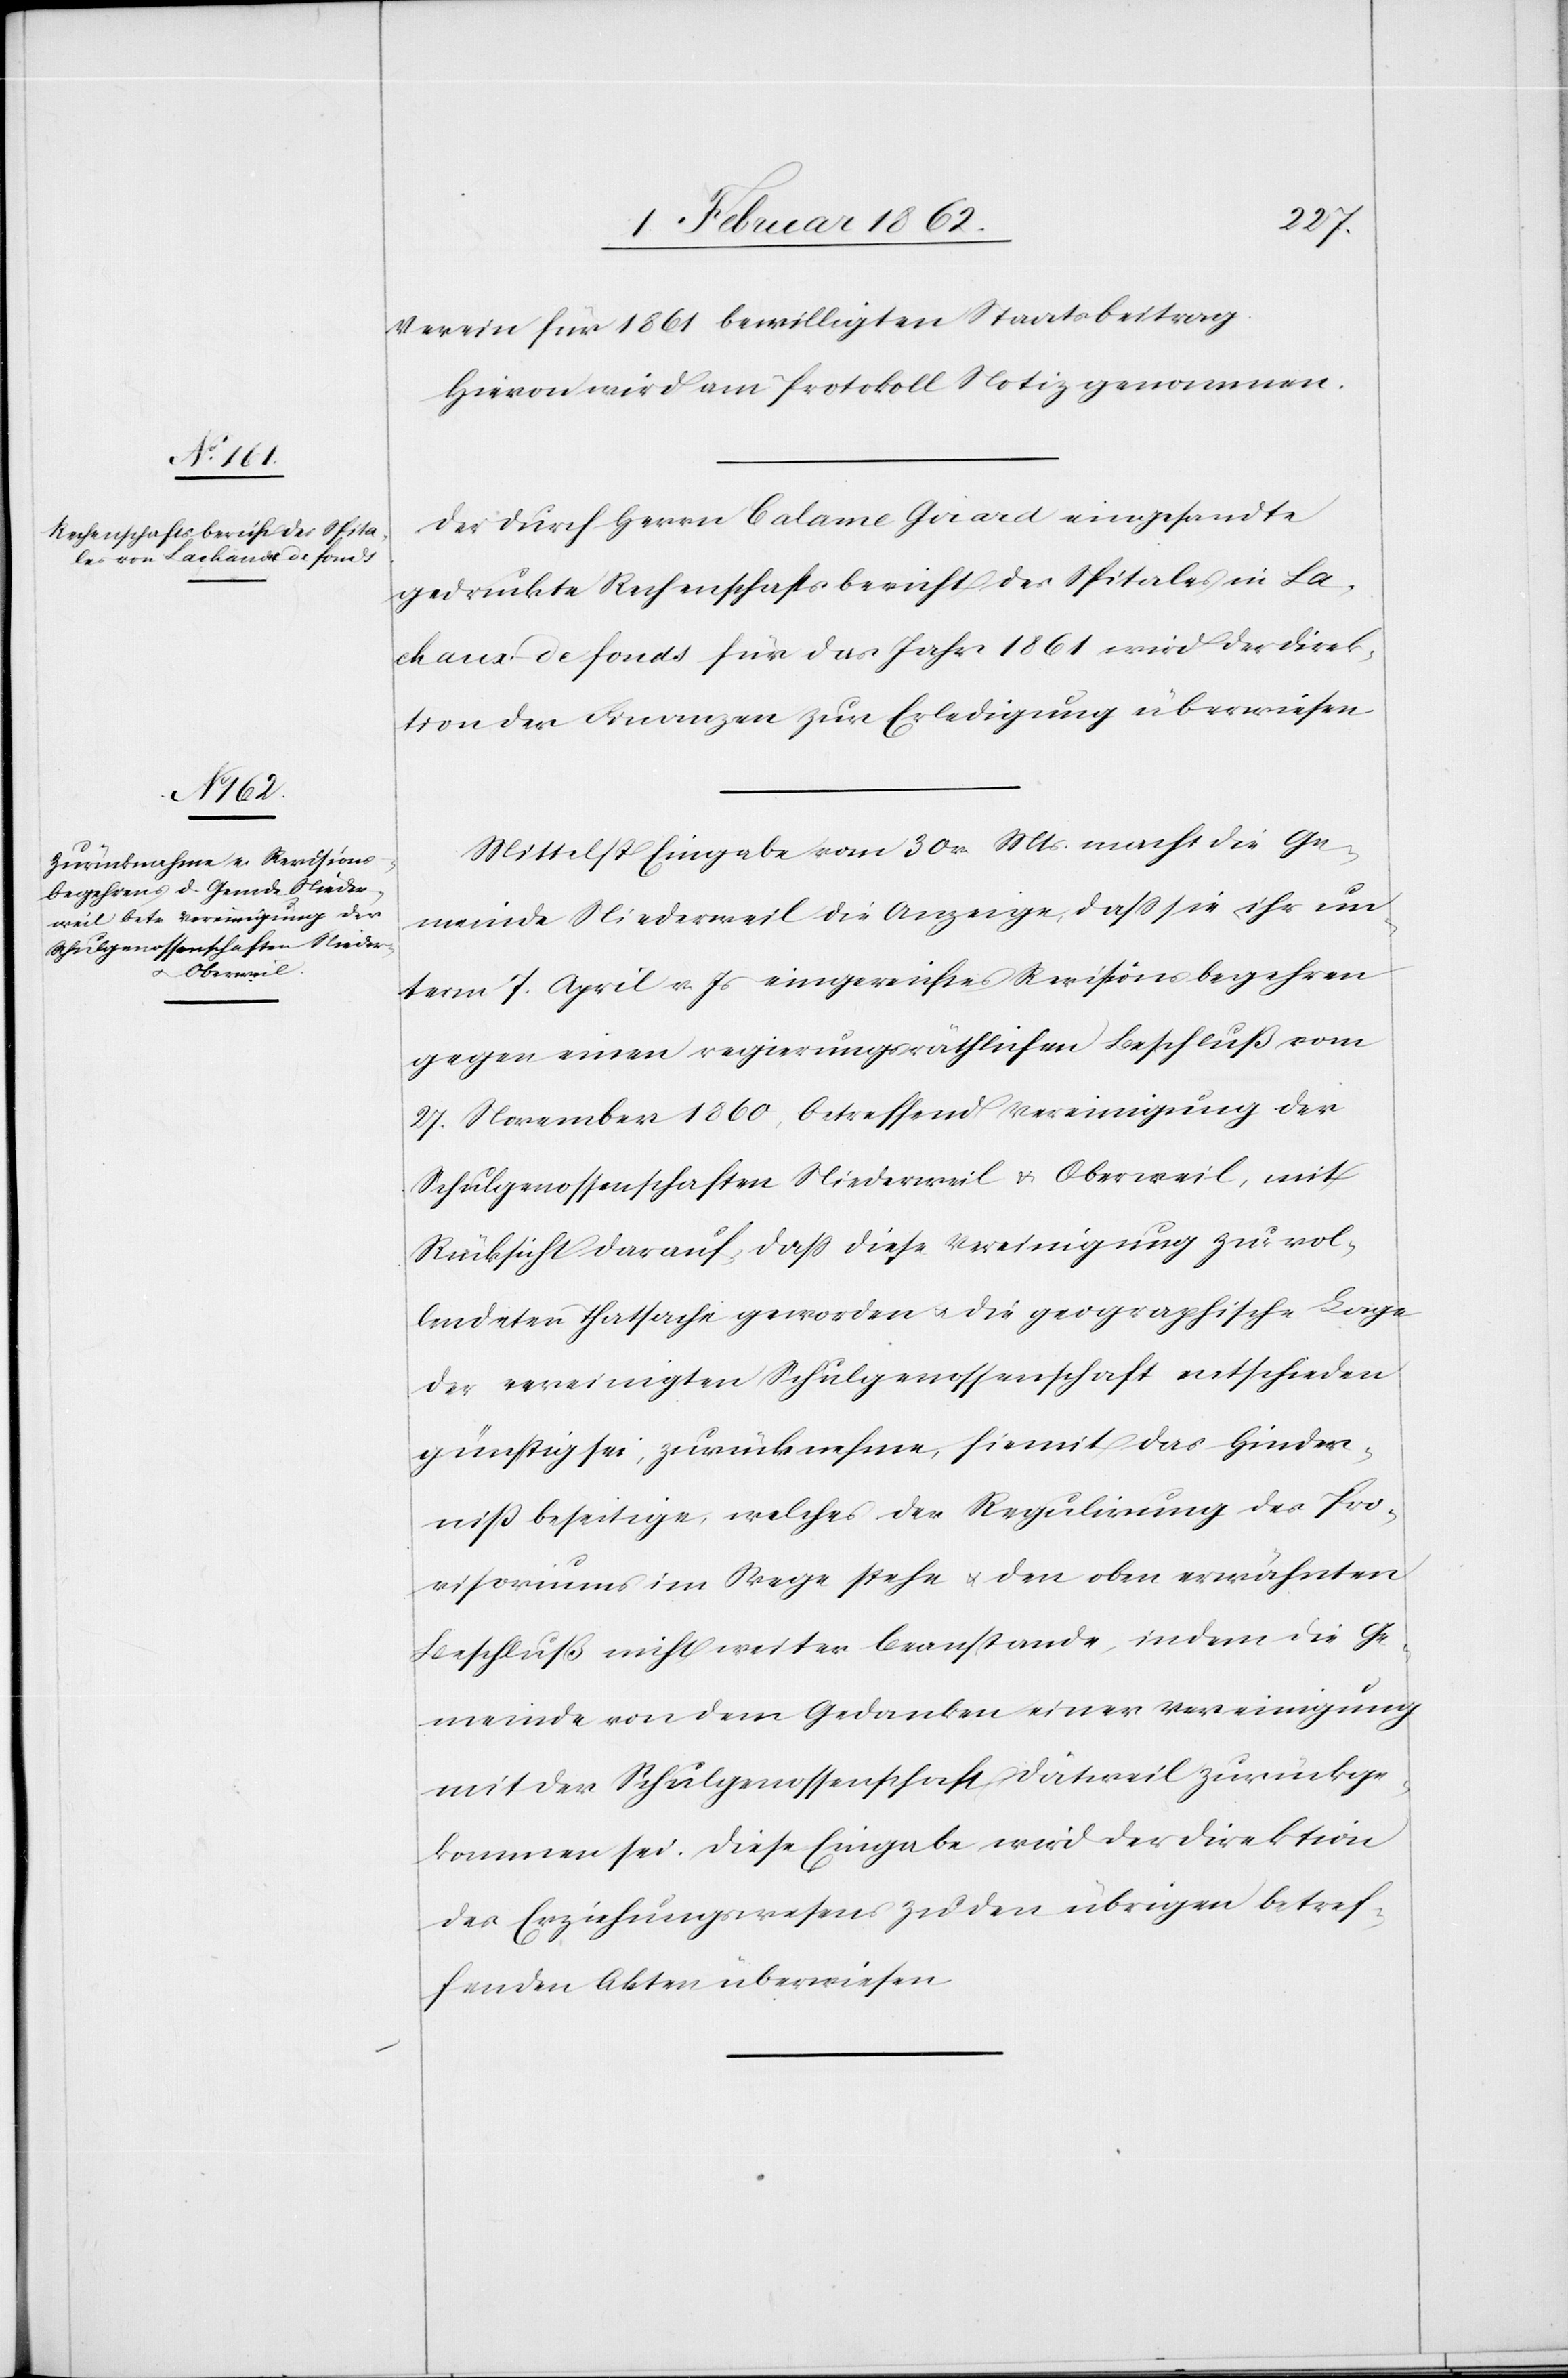
Verein für 1861 bewilligten Staatsbeitrag.
Hievon wird am Protokoll Notiz genommen.
Der durch Herrn Calame Girard eingesandte
gedruckte Rechenschaftsbericht des Spitales in La¬
chaux de fonds für das Jahr 1861 wird der Direk¬
tion der Finanzen zur Erledigung überwiesen.
Mittelst Eingabe vom 30 v. Mts. macht die Ge¬
meinde Niederweil die Anzeige, daß sie ihr un¬
term 7. April v. Js eingereichtes Revisionsbegehren
gegen einen regierungsräthlichen Beschluß vom
27. November 1860, betreffend Vereinigung der
Schulgenossenschaften Niederweil u. Oberweil, mit
Rücksicht darauf, daß diese Vereinigung zur vol¬
lendeten Thatsache geworden u. die geographische Lage
der vereinigten Schulgenossenschaft entschieden
günstig sei, zurücknehme, hiemit das Hinder¬
niß beseitige, welches der Regulirung des Pro¬
visoriums im Wege stehe u. den oben erwähnten
Beschluß nicht weiter beanstande, indem die Ge¬
meinde von dem Gedanken einer Vereinigung
mit der Schulgenossenschaft Dätweil zurückge¬
kommen sei. Diese Eingabe wird der Direktion
des Erziehungswesens zu den übrigen betref¬
fenden Akten überwiesen.